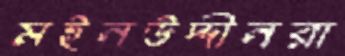
মইনউদ্দীনরা